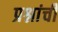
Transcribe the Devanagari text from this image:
प्रश्नांचीं